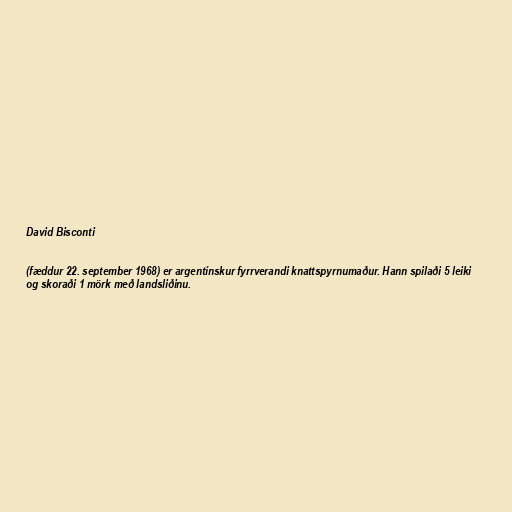
David Bisconti

(fæddur 22. september 1968) er argentínskur fyrrverandi knattspyrnumaður. Hann spilaði 5 leiki
og skoraði 1 mörk með landsliðinu.